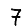
Digit: 7